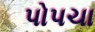
પોપચા